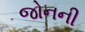
જોનની